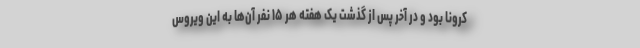
کرونا بود و در آخر پس از گذشت یک هفته هر ۱۵ نفر آن‌ها به این ویروس